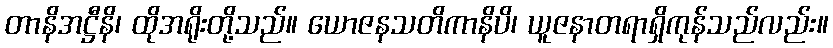
တာနိအဋ္ဌီနိ၊ ထိုအရိုးတို့သည်။ ယောဇနသတိကာနိပိ၊ ယူဇနာတရာရှိကုန်သည်လည်း။